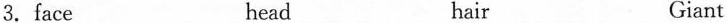
3.face head hair Giant